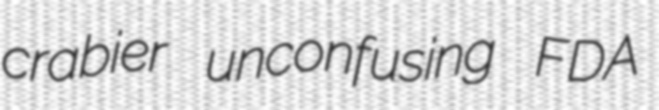
crabier unconfusing FDA